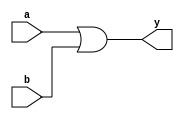
module sub_module2 (input a, input b, output y);
	assign y = a | b;
endmodule

module sub_module1 (input a, input b, output y);
	assign y = a&b;
endmodule


module multiple_modules (input a, input b, input c , output y);
	wire net1;
	sub_module1 u1(.a(a),.b(b),.y(net1));  //net1 = a&b
	sub_module2 u2(.a(net1),.b(c),.y(y));  //y = net1|c ,ie y = a&b + c;
endmodule